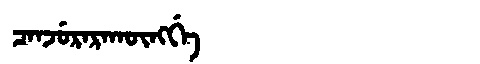
Manchu: ᠴᠠᠨᠵᡠᡵᠠᡵᠠᡴᡡᠩᡤᡝ
Romanization: CANJURARAKŪNGGE